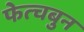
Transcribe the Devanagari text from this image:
फेत्चबुन